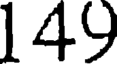
149